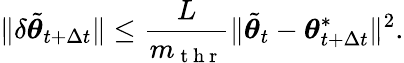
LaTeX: \lVert\delta\tilde{{\boldsymbol{\theta}}}_{t+\Delta t}\rVert\leq\frac{L}{m_{\mathrm{~t~h~r~}}}\lVert\tilde{{\boldsymbol{\theta}}}_{t}-{\boldsymbol{\theta}}_{t+\Delta t}^{*}\rVert^{2}.